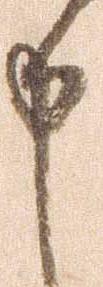
申